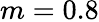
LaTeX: m=0.8